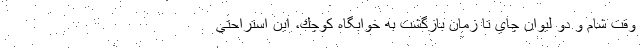
وقت شام و دو ليوان چاي تا زمان بازگشت به خوابگاه كوچك، اين استراحتي